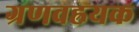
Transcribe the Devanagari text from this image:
ग्रणवह्रयक